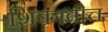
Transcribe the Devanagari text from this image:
शिकावीच